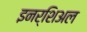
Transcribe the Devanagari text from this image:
इनर्शिअल